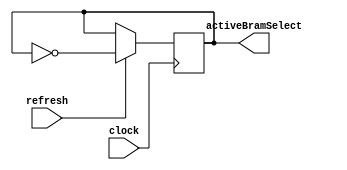
`timescale 1ns / 1ps
module BufferSelector(
    input clock,
    input refresh,
    output reg activeBramSelect=0
    );
    
    always @(posedge clock) begin
        if (refresh)
            activeBramSelect <= ~activeBramSelect;
    end
endmodule